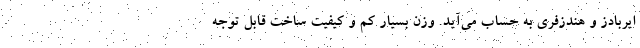
ایربادز و هندزفری به حساب می‌آید. وزن بسیار کم و کیفیت ساخت قابل توجه